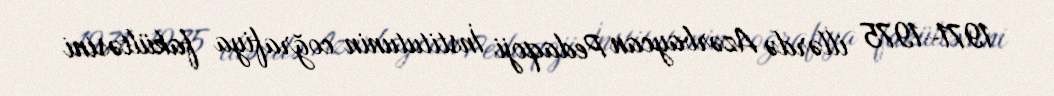
1971–1975 illərdə Azərbaycan Pedaqoji İnstitutunin coğrafiya fakültəsini